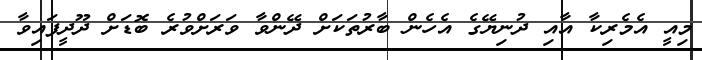
މިއީ އެމެރިކާ އާއި ދުނިޔޭގެ އެހެން ބާރުތަކަށް ދޭންވާ ވަރަށްވުރެ ބޮޑަށް ދޫދީފައިވާ